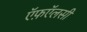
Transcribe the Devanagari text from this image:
ऍफ़ऍलसी